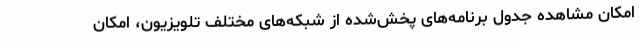
امکان مشاهده جدول برنامه‌های پخش‌شده از شبکه‌های مختلف تلویزیون، امکان